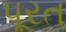
પૂરત